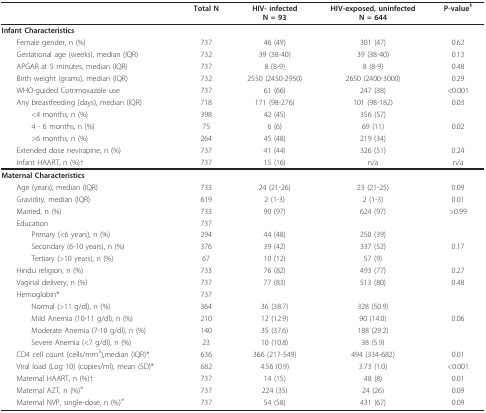
<table><thead><tr><td></td><td><b>Total N</b></td><td><b>HIV- infectedN = 93</b></td><td><b>HIV-exposed, uninfectedN = 644</b></td><td><b>P-value<sup>‡</sup></b></td></tr></thead><tbody><tr><td colspan="5"><b>Infant Characteristics</b></td></tr><tr><td> Female gender, n (%)</td><td>737</td><td>46 (49)</td><td>301 (47)</td><td>0.62</td></tr><tr><td> Gestational age (weeks), median (IQR)</td><td>732</td><td>39 (38-40)</td><td>39 (38-40)</td><td>0.13</td></tr><tr><td> APGAR at 5 minutes, median (IQR)</td><td>737</td><td>8 (8-9)</td><td>8 (8-9)</td><td>0.48</td></tr><tr><td> Birth weight (grams), median (IQR)</td><td>732</td><td>2550 (2450-2950)</td><td>2650 (2400-3000)</td><td>0.29</td></tr><tr><td> WHO-guided Cotrimoxazole use</td><td>737</td><td>61 (66)</td><td>247 (38)</td><td>&lt;0.001</td></tr><tr><td> Any breastfeeding (days), median (IQR)</td><td>718</td><td>171 (98-276)</td><td>101 (98-182)</td><td>0.03</td></tr><tr><td>&lt;4 months, n (%)</td><td>398</td><td>42 (45)</td><td>356 (57)</td><td></td></tr><tr><td>4 - 6 months, n (%)</td><td>75</td><td>6 (6)</td><td>69 (11)</td><td>0.02</td></tr><tr><td>&gt;6 months, n (%)</td><td>264</td><td>45 (48)</td><td>219 (34)</td><td></td></tr><tr><td> Extended dose nevirapine, n (%)</td><td>737</td><td>41 (44)</td><td>326 (51)</td><td>0.24</td></tr><tr><td> Infant HAART, n (%)†</td><td>737</td><td>15 (16)</td><td>n/a</td><td>n/a</td></tr><tr><td colspan="5"><b>Maternal Characteristics</b></td></tr><tr><td> Age (years), median (IQR)</td><td>733</td><td>24 (21-26)</td><td>23 (21-25)</td><td>0.09</td></tr><tr><td> Gravidity, median (IQR)</td><td>619</td><td>2 (1-3)</td><td>2 (1-3)</td><td>0.01</td></tr><tr><td> Married, n (%)</td><td>733</td><td>90 (97)</td><td>624 (97)</td><td>&gt;0.99</td></tr><tr><td> Education</td><td>737</td><td></td><td></td><td></td></tr><tr><td>Primary (&lt;6 years), n (%)</td><td>294</td><td>44 (48)</td><td>250 (39)</td><td></td></tr><tr><td>Secondary (6-10 years), n (%)</td><td>376</td><td>39 (42)</td><td>337 (52)</td><td>0.17</td></tr><tr><td>Tertiary (&gt;10 years), n (%)</td><td>67</td><td>10 (12)</td><td>57 (9)</td><td></td></tr><tr><td> Hindu religion, n (%)</td><td>733</td><td>76 (82)</td><td>493 (77)</td><td>0.27</td></tr><tr><td> Vaginal delivery, n (%)</td><td>737</td><td>77 (83)</td><td>513 (80)</td><td>0.48</td></tr><tr><td> Hemoglobin*</td><td>737</td><td></td><td></td><td></td></tr><tr><td>Normal (&gt;11 g/dl), n (%)</td><td>364</td><td>36 (38.7)</td><td>328 (50.9)</td><td></td></tr><tr><td>Mild Anemia (10-11 g/dl), n (%)</td><td>210</td><td>12 (12.9)</td><td>90 (14.0)</td><td>0.06</td></tr><tr><td>Moderate Anemia (7-10 g/dl), n (%)</td><td>140</td><td>35 (37.6)</td><td>188 (29.2)</td><td></td></tr><tr><td>Severe Anemia (&lt;7 g/dl), n (%)</td><td>23</td><td>10 (10.8)</td><td>38 (5.9)</td><td></td></tr><tr><td> CD4 cell count (cells/mm<sup>3</sup>),median (IQR)*</td><td>636</td><td>366 (217-549)</td><td>494 (334-682)</td><td>0.01</td></tr><tr><td> Viral load (Log 10) (copies/ml), mean (SD)*</td><td>682</td><td>4.56 (0.9)</td><td>3.73 (1.0)</td><td>&lt;0.001</td></tr><tr><td> Maternal HAART, n (%)†</td><td>737</td><td>14 (15)</td><td>48 (8)</td><td>0.01</td></tr><tr><td> Maternal AZT, n (%)<sup>≠</sup></td><td>737</td><td>224 (35)</td><td>24 (26)</td><td>0.09</td></tr><tr><td> Maternal NVP, single-dose, n (%)<sup>≠</sup></td><td>737</td><td>54 (58)</td><td>431 (67)</td><td>0.09</td></tr></tbody></table>